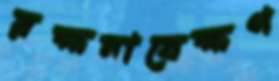
রক্ষনাবেক্ষণ